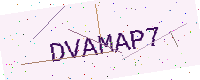
Text: DVAMAP7